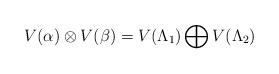
LaTeX: \begin{align*}V(\alpha)\otimes V(\beta)=V(\Lambda_1)\bigoplus V(\Lambda_2)\end{align*}